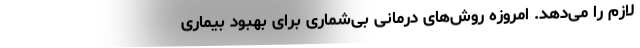
لازم را می‌دهد. امروزه روش‌های درمانی بی‌شماری برای بهبود بیماری